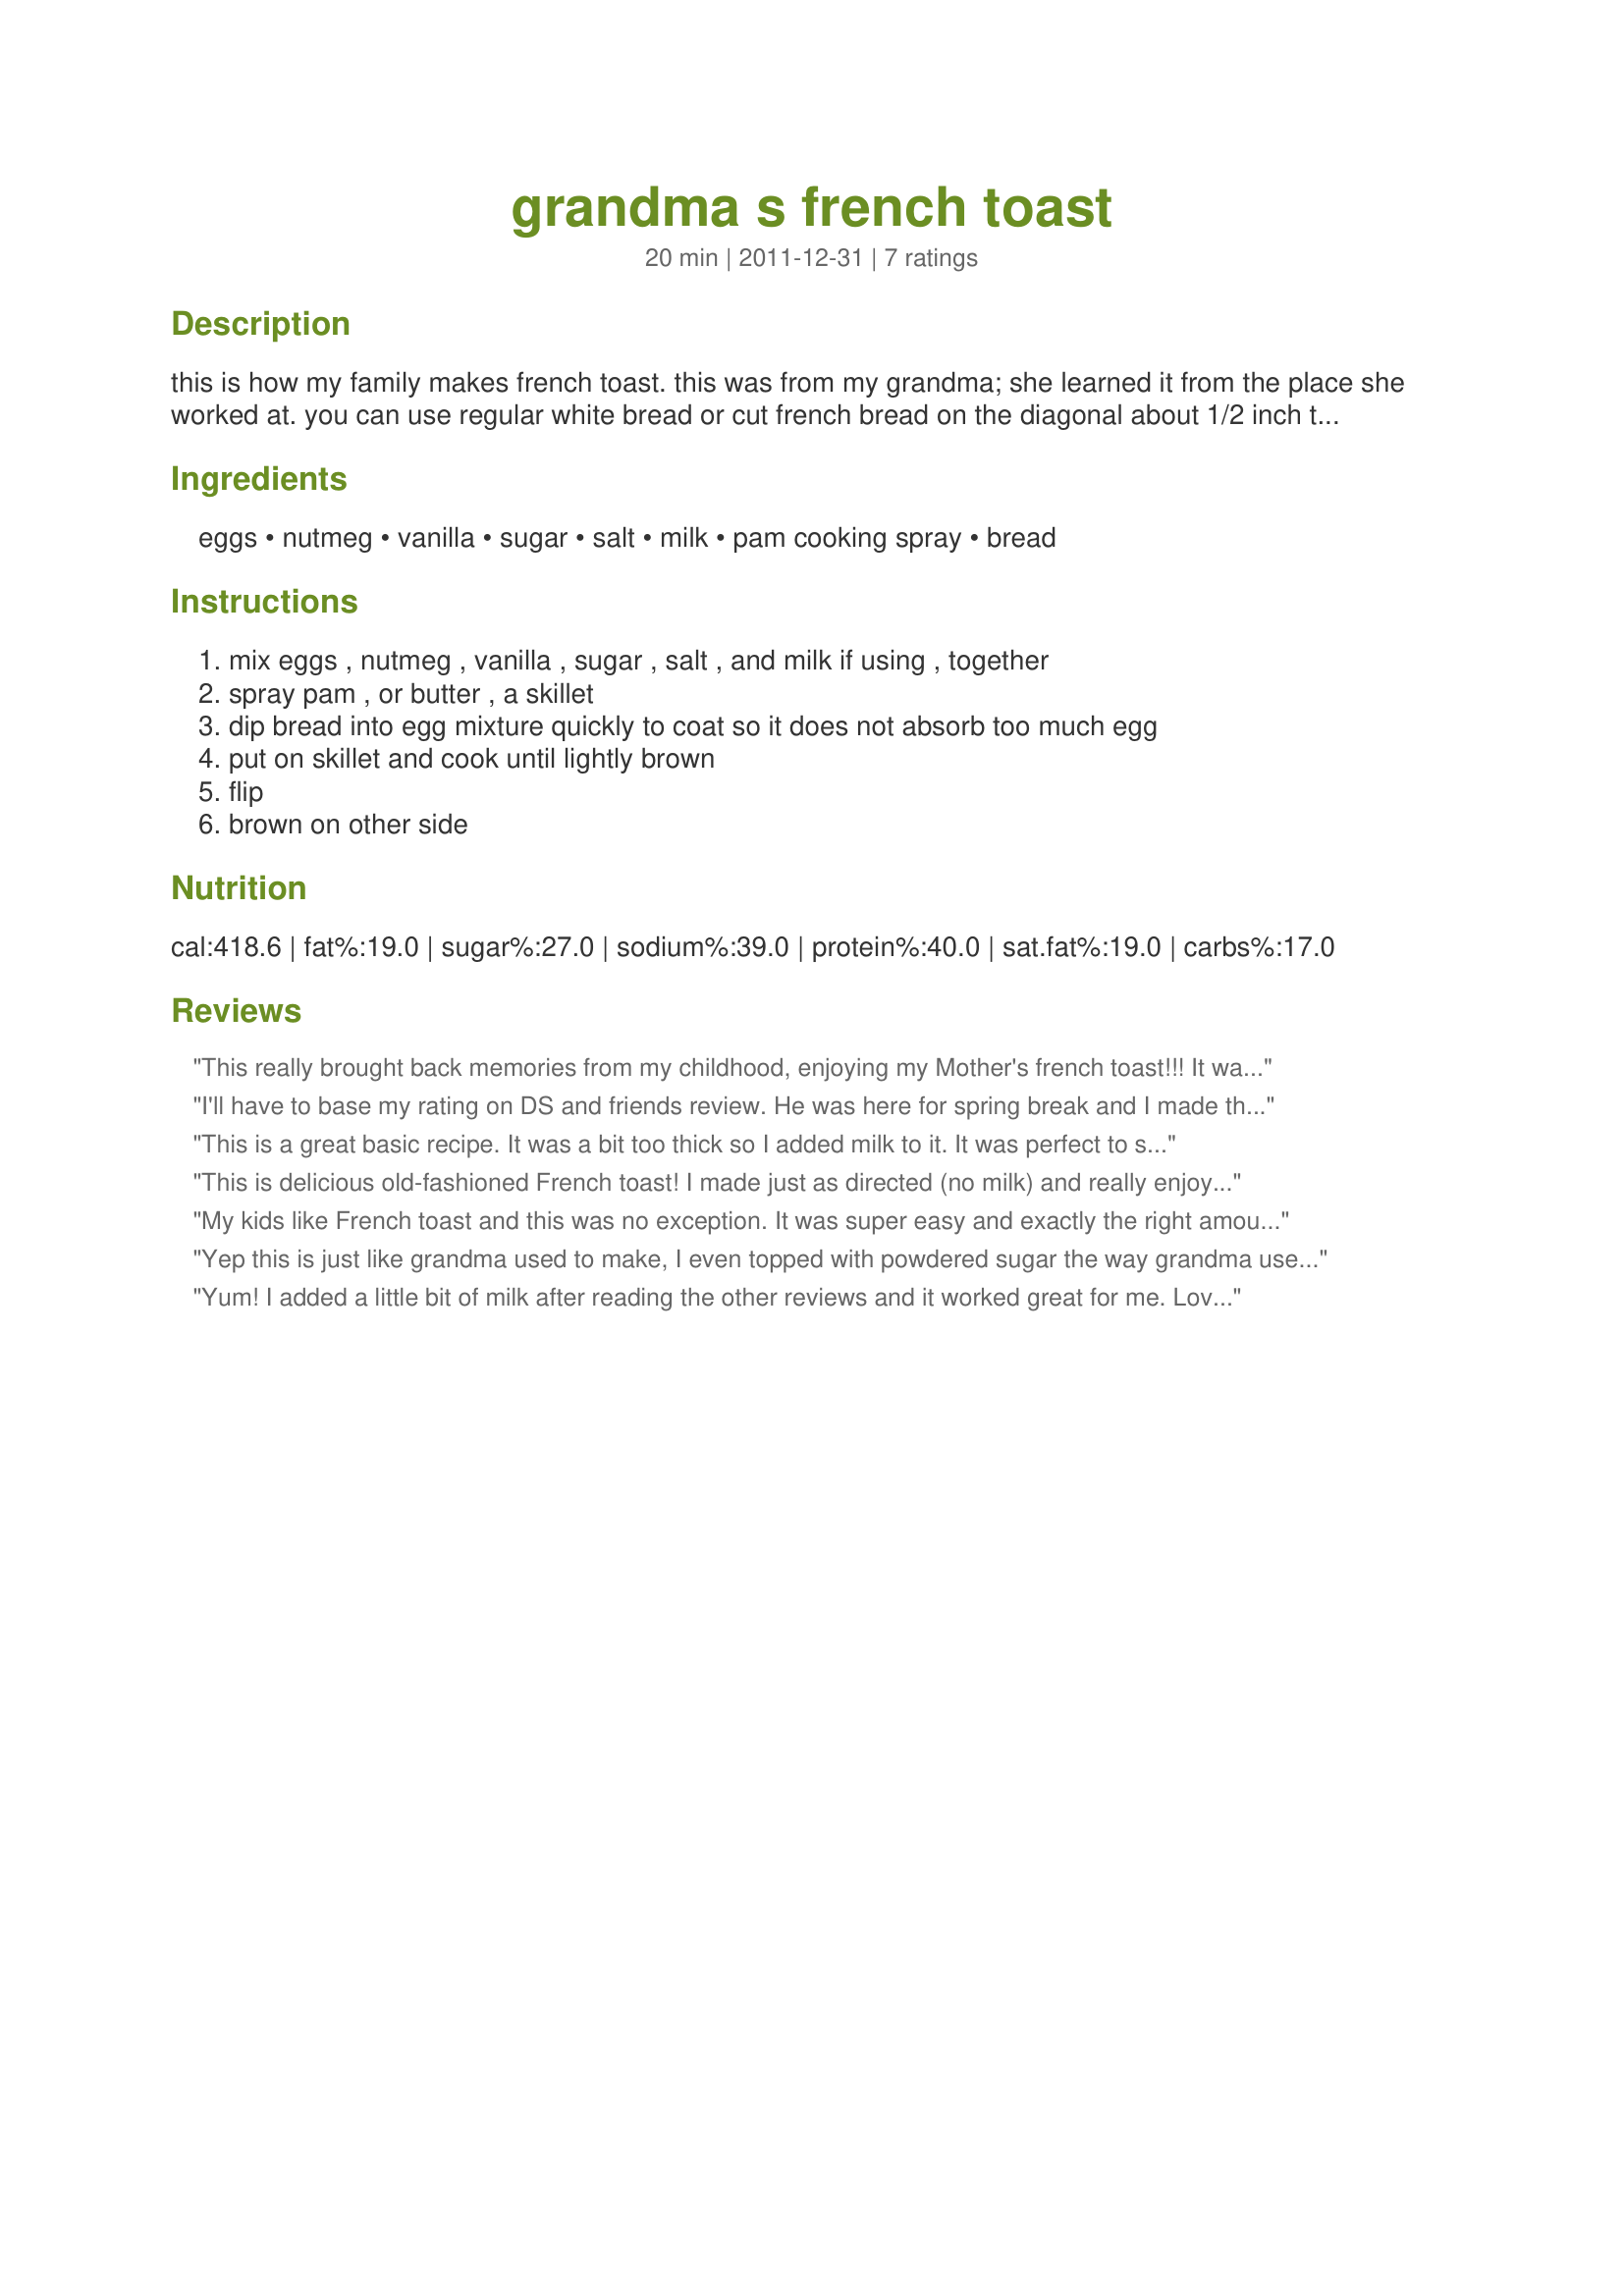
grandma s french toast
Preparation time: 20 minutes

this is how my family makes french toast. this was from my grandma; she learned it from the place she worked at. you can use regular white bread or cut french bread on the diagonal about 1/2 inch thick. the day old bread at walmart works great. i am going to bow to the pressure of adding milk to this. my family likes it without but if your family likes it with you can certainly add it.

Ingredients:
eggs, nutmeg, vanilla, sugar, salt, milk, pam cooking spray, bread

Steps:
mix eggs , nutmeg , vanilla , sugar , salt , and milk if using , together, spray pam , or butter , a skillet, dip bread into egg mixture quickly to coat so it does not absorb too much egg, put on skillet and cook until lightly brown, flip, brown on other side

Reviews:
This really brought back memories from my childhood, enjoying my Mother's french toast!!! It was more of an eggy type of french toast that we melted some butter on top and then sprinkled plain sugar over it. So good.!!! Thanks for sharing the recipe. Made for Went to the Market Tag Game.
I'll have to base my rating on DS and friends review. He was here for spring break and I made this for breakfast for them. I did add milk to the mix. They seemed to love the vanilla and nutmeg. I turned around to grab my serving to photograph it, and realized that they had already been eaten. LOL. I've forgotten how much boys eat!
This is a great basic recipe. It was a bit too thick so I added milk to it. It was perfect to soak the bread. I used slices of baguette. Thanks Dienia :) Made for PRMR tag game
This is delicious old-fashioned French toast! I made just as directed (no milk) and really enjoyed the rich eggy coating on the bread. Topped with maple syrup and enjoyed a great breakfast - thanks for sharing the recipe!
My kids like French toast and this was no exception. It was super easy and exactly the right amount of egg mixture for 8 slices of whole wheat bread. It was a bit dry though - I usually add milk and let the bread soak it up for a bit. I would also add a bit more vanilla - you can never get enough! Made for Went To The Market tag game. Thanks Dee! :)
Yep this is just like grandma used to make, I even topped with powdered sugar the way grandma used to. I made as written and not only enjoyed every bite but also enjoyed sharing stories of grandma with family that never got to know her. Thanks for the post and memories.
Yum! I added a little bit of milk after reading the other reviews and it worked great for me. Loved the vanilla flavor. Thanks Dee for another easy, good recipe. Made for Went to the Market Tag.
